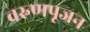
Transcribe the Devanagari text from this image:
वरुणपूजन